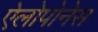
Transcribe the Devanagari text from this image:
ऐलोपोनेस